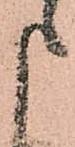
申